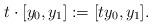
LaTeX: \begin{align*}t\cdot[y_0, y_1]:=[ty_0,y_1].\end{align*}